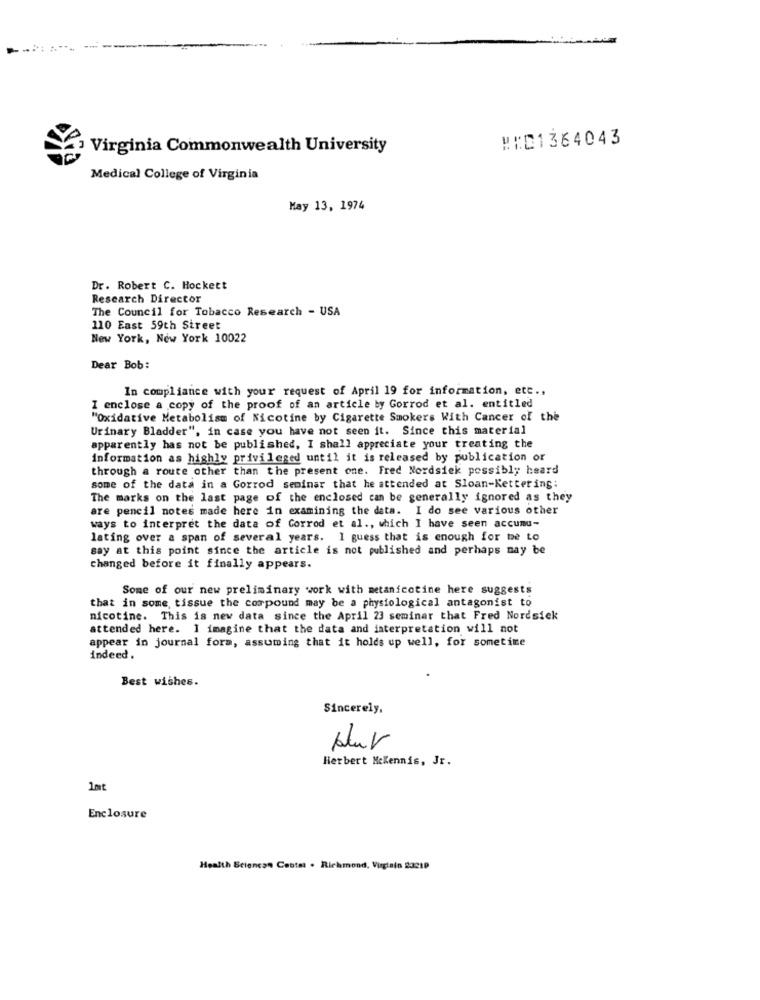
#:01364043
Virginia Commonwealth University
Medical College of Virginia
May 13, 1974
Dr. Robert C. Hockett
Research Director
The Council for Tobacco Research - USA
110 East 59th Street
New York, New York 10022
Dear Bob:
In compliance with your request of April 19 for information, etc .,
I enclose a copy of the proof of an article by Gorrod et al. entitled
"Oxidative Metabolism of Nicotine by Cigarette Smokers With Cancer of the
Urinary Bladder", in case you have not seen it. Since this material
apparently has not be published, I shall appreciate your treating the
information as highly privileged until it is released by publication or
through a route other than the present one. Fred Nordsick possibly heard
some of the data in a Gorrod seminar that he attended at Sloan-Kettering:
The marks on the last page of the enclosed can be generally ignored as they
are pencil notes made here in examining the data. I do see various other
ways to interpret the data of Gorrod et al ., which I have seen accumu-
lating over a span of several years. I guess that is enough for me to
say at this point since the article is not published and perhaps may be
changed before it finally appears.
Some of our new preliminary work with metanicotine here suggests
that in some, tissue the compound may be a physiological antagonist to
nicotine. This is new data since the April 23 seminar that Fred Nordsick
attended here. I imagine that the data and interpretation will not
appear in journal form, assuming that it holds up well, for sometime
indeed.
Best wishes.
Sincerely,
blur
Herbert Mckennis, Jr.
1mt
Enclosure
Health Sciencon Centet . Richmond, Virginia 23219